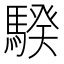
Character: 騤